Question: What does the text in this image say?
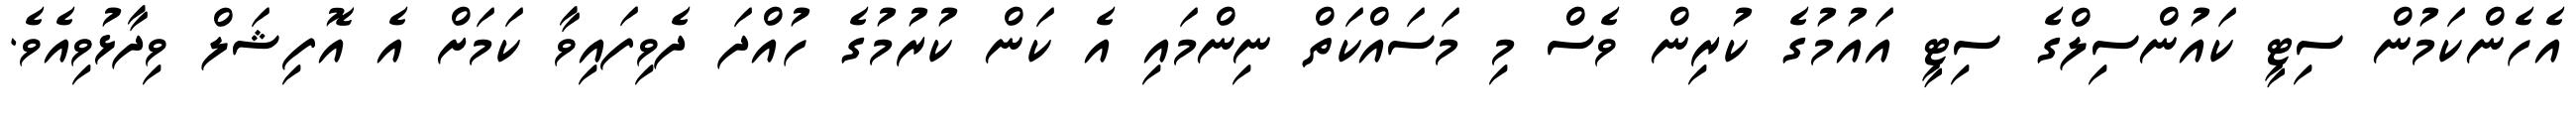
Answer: އެހެންކަމުން ސިޓީ ކައުންސިލްގެ ސިޓީ އައުމުގެ ކުރިން ވެސް މި މަސައްކަތް ނިންމައި އެ ކަން ކުރުމުގެ ހުއްދަ ދެވިފައިވާ ކަމަށް އެ އޮފިޝަލް ވިދާޅުވިއެވެ.